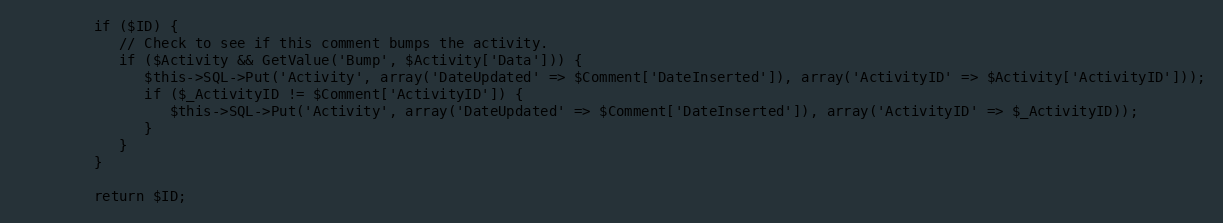
Language: PHP
         if ($ID) {
            // Check to see if this comment bumps the activity.
            if ($Activity && GetValue('Bump', $Activity['Data'])) {
               $this->SQL->Put('Activity', array('DateUpdated' => $Comment['DateInserted']), array('ActivityID' => $Activity['ActivityID']));
               if ($_ActivityID != $Comment['ActivityID']) {
                  $this->SQL->Put('Activity', array('DateUpdated' => $Comment['DateInserted']), array('ActivityID' => $_ActivityID));
               }
            }
         }

         return $ID;